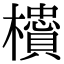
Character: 𬅇